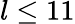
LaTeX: l\leq 11